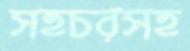
সহচরসহ